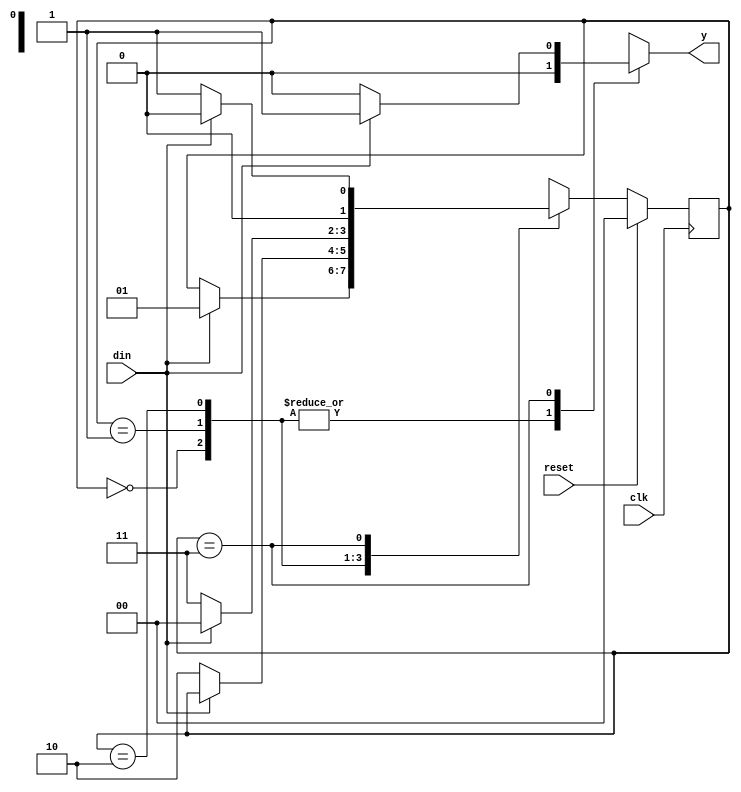
module melfsm(clk,reset,din,y);
input clk,reset,din;
output y;
reg y;
reg [1:0] cst, nst;
parameter S0 = 2'b00, S1 = 2'b01, S2 = 2'b10,S3 = 2'b11;
always @(cst or din)
begin
case (cst)
S0: if (din == 1'b1)
begin
nst = S1;
y=1'b0;
end
else
begin
nst = cst;
y=1'b0;
end
S1: if (din == 1'b0)
begin
nst = S2;
y=1'b0;
end
else
begin
y=1'b0;
nst = cst;
end
S2: if (din == 1'b0)
begin
nst = S3;
y=1'b0;
end
else
begin
nst = S0;
y=1'b0;
end
S3: if (din == 1'b1)
begin
nst = S0;
y=1'b1;
end
else
begin
nst = S1;
y=1'b0;
end
default: nst = S0;
endcase
end
always@(posedge clk)
begin
if (reset)
cst <= S0;
else
cst <= nst;
end
endmodule